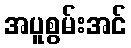
အပူစွမ်းအင်